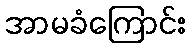
အာမခံကြောင်း